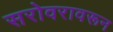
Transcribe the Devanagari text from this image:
सरोवरावरून